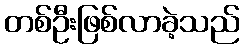
တစ်ဦးဖြစ်လာခဲ့သည်